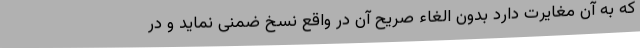
که به آن مغایرت دارد بدون الغاء صریح آن در واقع نسخ ضمنی نماید و در